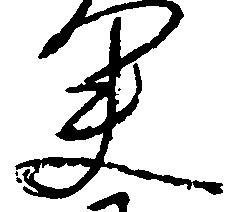
夫